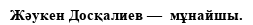
Жәукен Досқалиев —  мұнайшы.